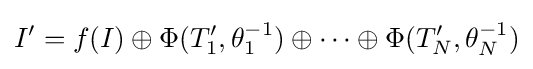
I'=f(I)\oplus \Phi (T_{1}',\theta _{1}^{-1})\oplus \cdots \oplus \Phi (T_{N}',\theta _{N}^{-1})